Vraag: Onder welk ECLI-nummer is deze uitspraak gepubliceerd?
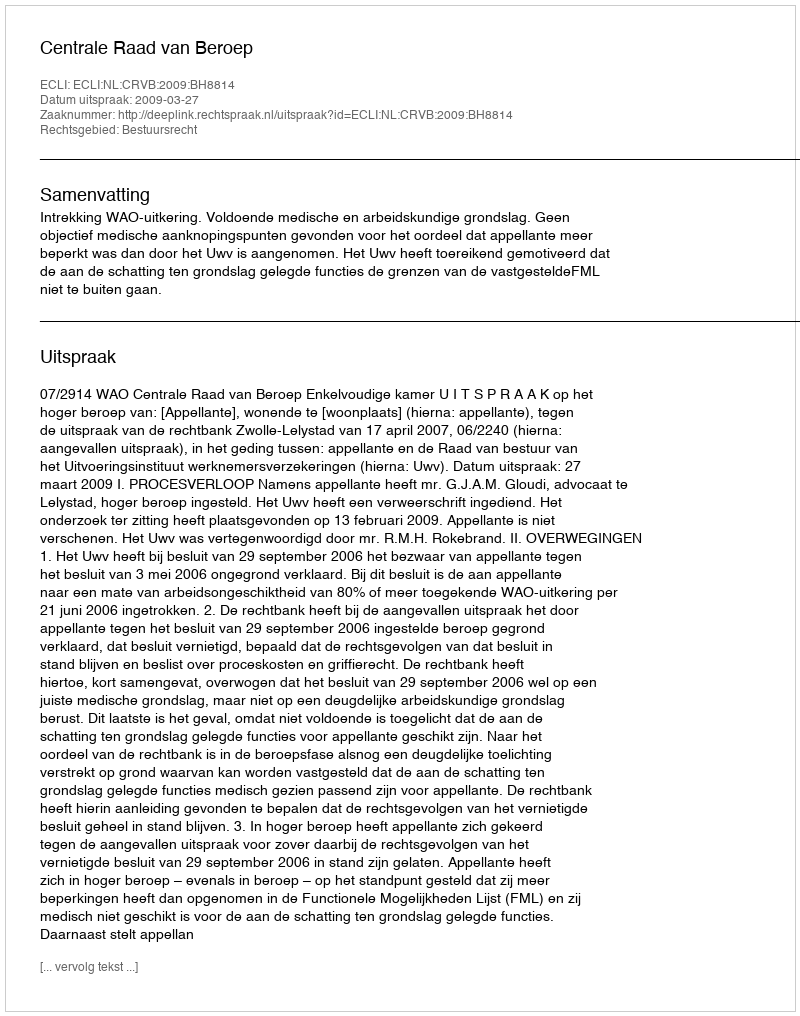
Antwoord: ECLI:NL:CRVB:2009:BH8814